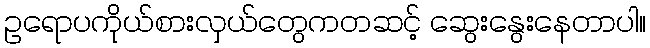
ဥရောပကိုယ်စားလှယ်တွေကတဆင့် ဆွေးနွေးနေတာပါ။